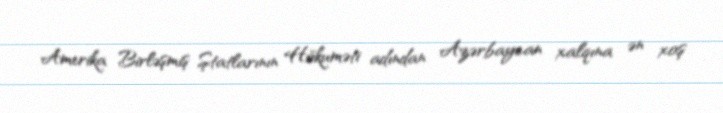
Amerika Birləşmiş Ştatlarının Hökuməti adından Azərbaycan xalqına ən xoş